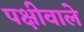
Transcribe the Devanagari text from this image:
पक्षीवाले